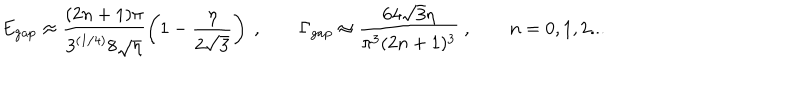
E _ { \mathrm { g a p } } \approx \frac { ( 2 n + 1 ) \pi } { 3 ^ { ( 1 / 4 ) } 8 \sqrt { \eta } } \left( 1 - \frac { \eta } { 2 \sqrt { 3 } } \right) \ , \qquad \Gamma _ { \mathrm { g a p } } \approx \frac { 6 4 \sqrt { 3 } \eta } { \pi ^ { 3 } ( 2 n + 1 ) ^ { 3 } } \ , \qquad n = 0 , 1 , 2 . . .